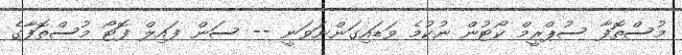
މުސްތޮފާ ސުޕްރީމް ކޯޓުން ނުކުމެ ވަޑައިގަންނަވަނީ -- ސަން ފައިލް ފޮޓޯ މުސްތޮފާގެ